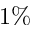
1 \%